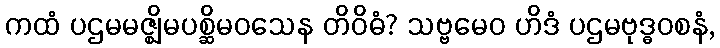
ကထံ ပဌမမဇ္ဈိမပစ္ဆိမဝသေန တိဝိဓံ? သဗ္ဗမေဝ ဟိဒံ ပဌမဗုဒ္ဓဝစနံ,